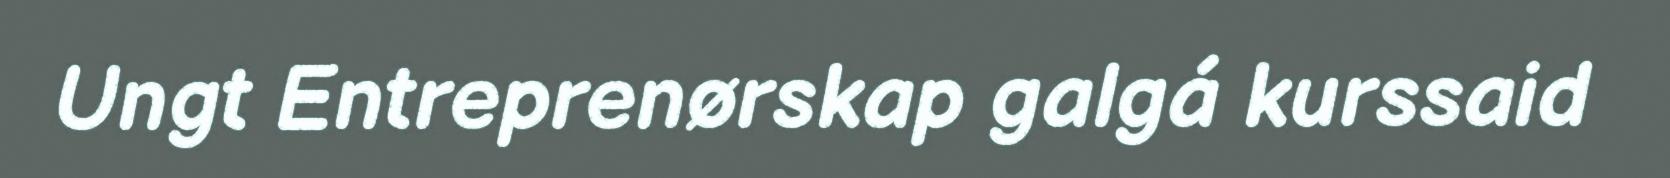
Ungt Entreprenørskap galgá kurssaid